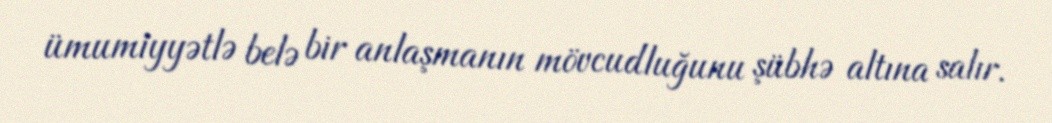
ümumiyyətlə belə bir anlaşmanın mövcudluğunu şübhə altına salır.